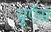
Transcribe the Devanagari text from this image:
यूऍस